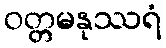
ဝတ္တမနုဿရံ